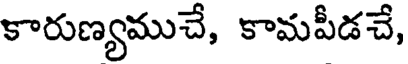
కారుణ్యముచే, కామపీడచే,